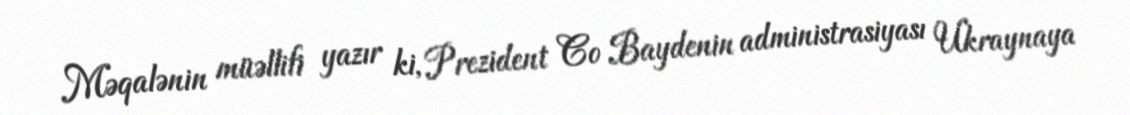
Məqalənin müəllifi yazır ki, Prezident Co Baydenin administrasiyası Ukraynaya